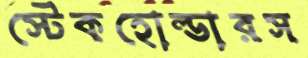
স্টেকহোল্ডারস